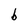
Character: b